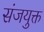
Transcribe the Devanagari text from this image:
संजयुक्त